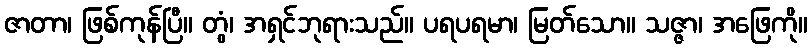
ဇာတာ၊ ဖြစ်ကုန်ပြီ။ တွံ၊ အရှင်ဘုရားသည်။ ပရပရမာ၊ မြတ်သော။ သဇ္ဇာ၊ အဖြေကို။